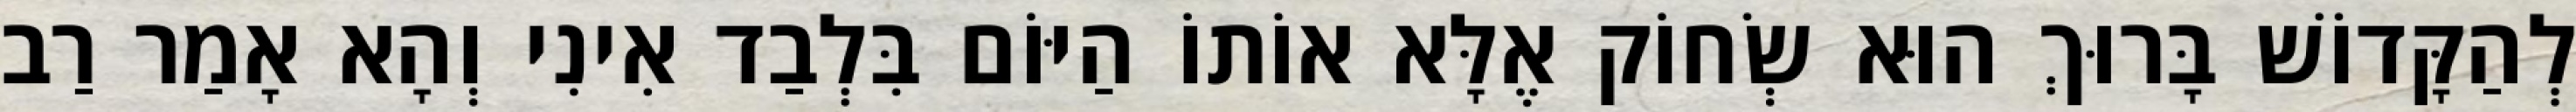
לְהַקָּדוֹשׁ בָּרוּךְ הוּא שְׂחוֹק אֶלָּא אוֹתוֹ הַיּוֹם בִּלְבַד אִינִי וְהָא אָמַר רַב